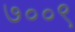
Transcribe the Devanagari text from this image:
७००९